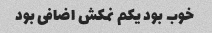
خوب بود یکم نمکش اضافی بود